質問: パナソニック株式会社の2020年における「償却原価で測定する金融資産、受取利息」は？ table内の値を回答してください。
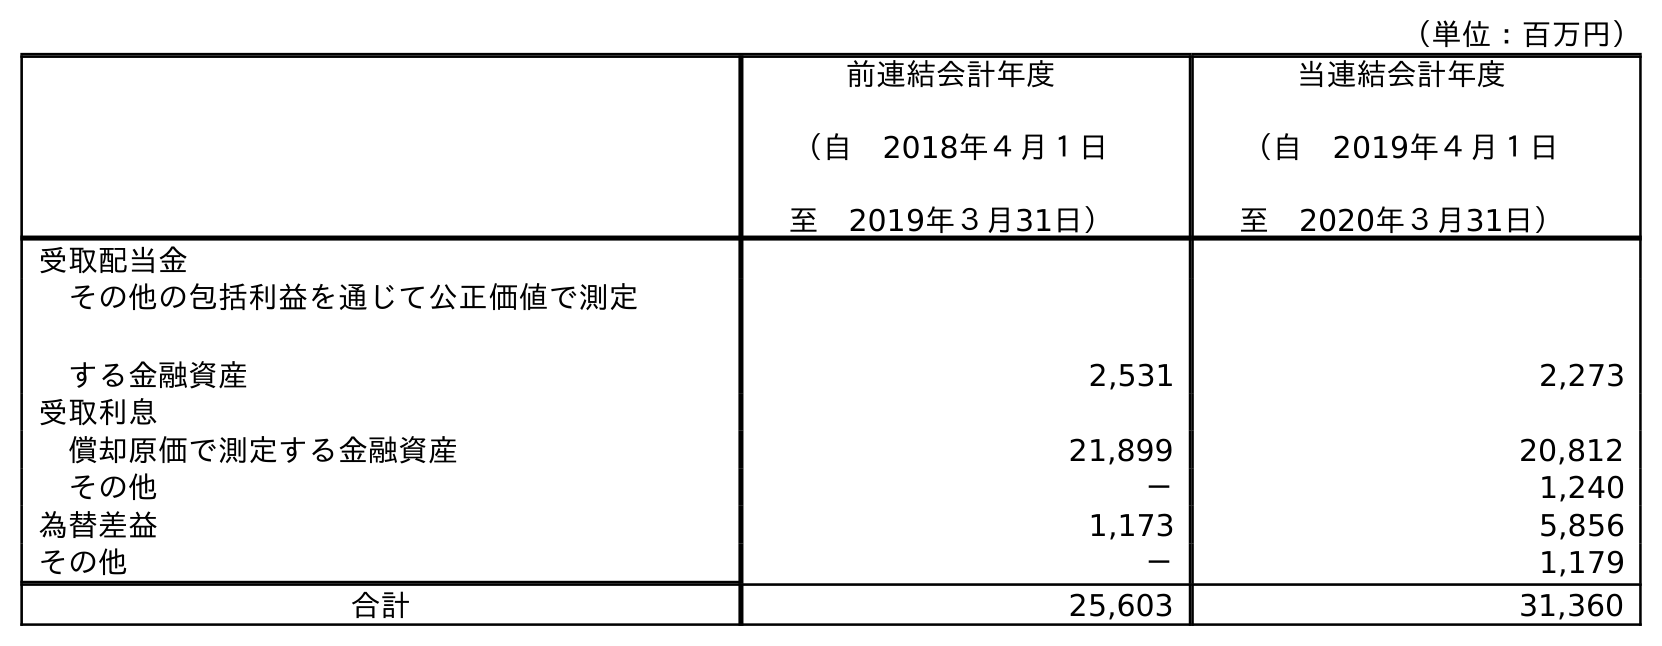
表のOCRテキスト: （単位：百万円） 前連結会計年度 （自 2018年４月１日 至 2019年３月31日） 当連結会計年度 （自 2019年４月１日 至 2020年３月31日） 受取配当金 その他の包括利益を通じて公正価値で測定 する金融資産 2,531 2,273 受取利息 償却原価で測定する金融資産 21,899 20,812 その他 － 1,240 為替差益 1,173 5,856 その他 － 1,179 合計 25,603 31,360
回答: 20,812